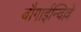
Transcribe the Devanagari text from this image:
बौगाईन्विल्ले